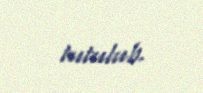
tutulub.